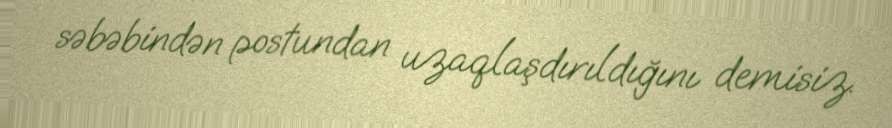
səbəbindən postundan uzaqlaşdırıldığını demisiz.